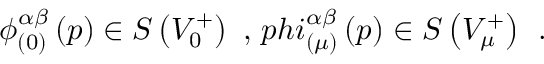
\phi _ { ( 0 ) } ^ { \alpha \beta } \left( p \right) \in S \left( V _ { 0 } ^ { + } \right) \ , \, p h i _ { ( \mu ) } ^ { \alpha \beta } \left( p \right) \in S \left( V _ { \mu } ^ { + } \right) \; \, .